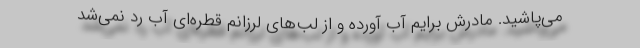
می‌پاشید. مادرش برایم آب آورده و از لب‌های لرزانم قطره‌ای آب رد نمی‌شد